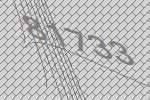
81733